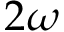
2 \omega